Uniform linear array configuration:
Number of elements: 8
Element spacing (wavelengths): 0.75
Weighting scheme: kaiser
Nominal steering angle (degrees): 15
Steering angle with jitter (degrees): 13.916
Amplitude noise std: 0.05
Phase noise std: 0.05

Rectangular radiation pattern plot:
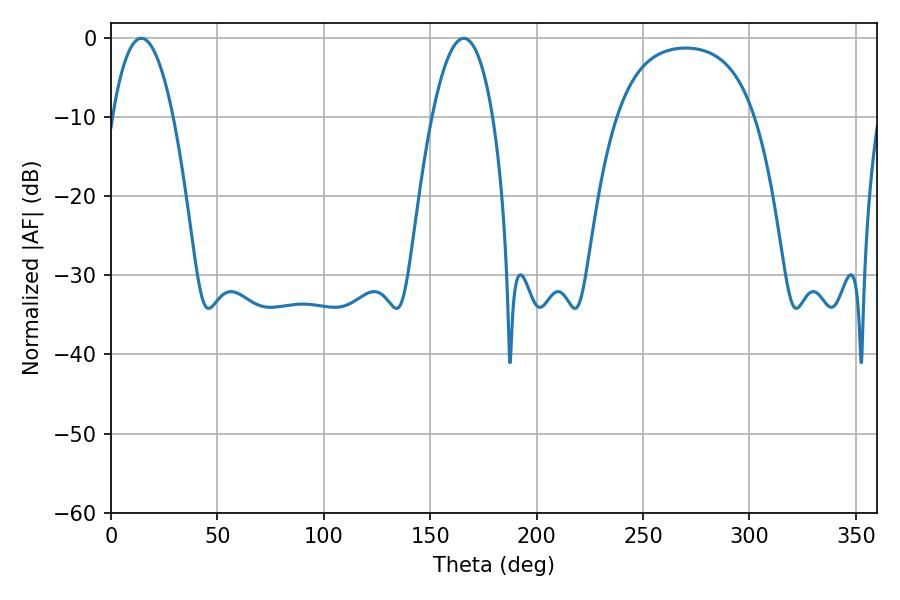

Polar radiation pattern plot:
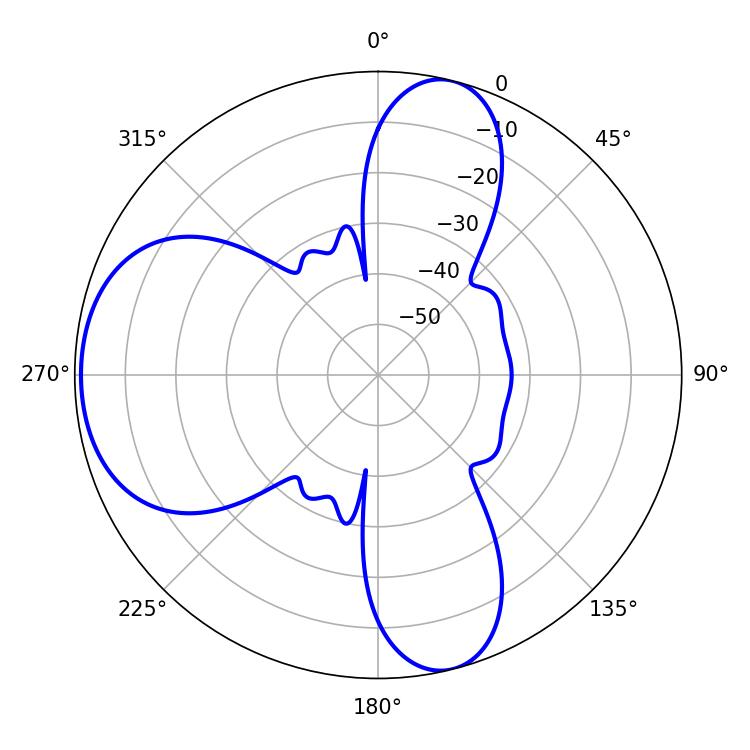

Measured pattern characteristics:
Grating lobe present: TRUE
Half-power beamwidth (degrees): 15.84
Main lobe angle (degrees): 14.22